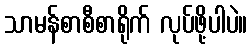
သာမန်စာစီစာရိုက် လုပ်ဖို့ပါပဲ။